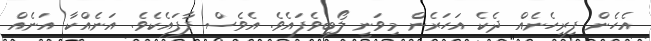
އެހެން ފިރިހެނެއް ދެކެ އަހަރެން މިވަނީ ލޯބިވެފައެވެ. އެވެސް ފާފައެކެވެ. އަނެއްކާ އަނެއް